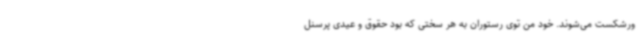
ورشکست می‌شوند. خود من توی رستوران به هر سختی که بود حقوق و عیدی پرسنل